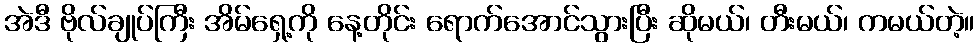
အဲဒီ ဗိုလ်ချုပ်ကြီး အိမ်ရှေ့ကို နေ့တိုင်း ရောက်အောင်သွားပြီး ဆိုမယ်၊ တီးမယ်၊ ကမယ်တဲ့။